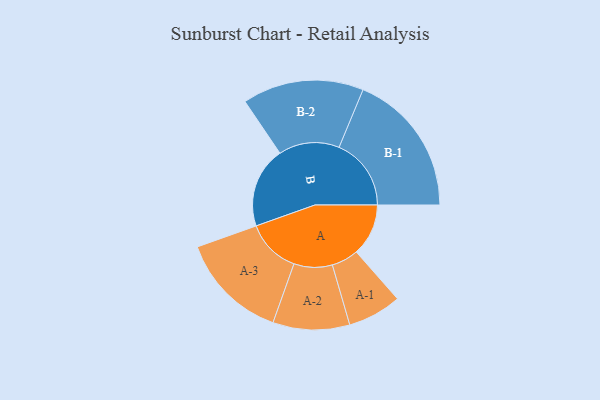
{"axis": {"x": "Segment", "y": "Value"}, "legend": ["", "A", "B"], "data": [{"x": "A", "y": 205, "type": ""}, {"x": "B", "y": 318, "type": ""}, {"x": "A-1", "y": 106, "type": "A"}, {"x": "A-2", "y": 151, "type": "A"}, {"x": "A-3", "y": 214, "type": "A"}, {"x": "B-1", "y": 284, "type": "B"}, {"x": "B-2", "y": 239, "type": "B"}]}